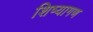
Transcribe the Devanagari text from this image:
शिष्यागण